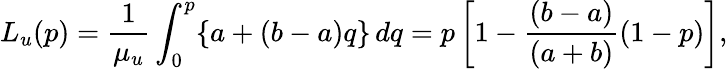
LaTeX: L_{u}(p)=\frac{1}{\mu_{u}}\int_{0}^{p}\{ a+(b-a)q\} \, dq=p\left[1-\frac{(b-a)}{(a+b)}(1-p)\right],